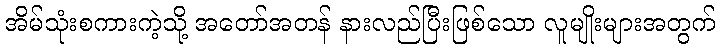
အိမ်သုံးစကားကဲ့သို့ အတော်အတန် နားလည်ပြီးဖြစ်သော လူမျိုးများအတွက်